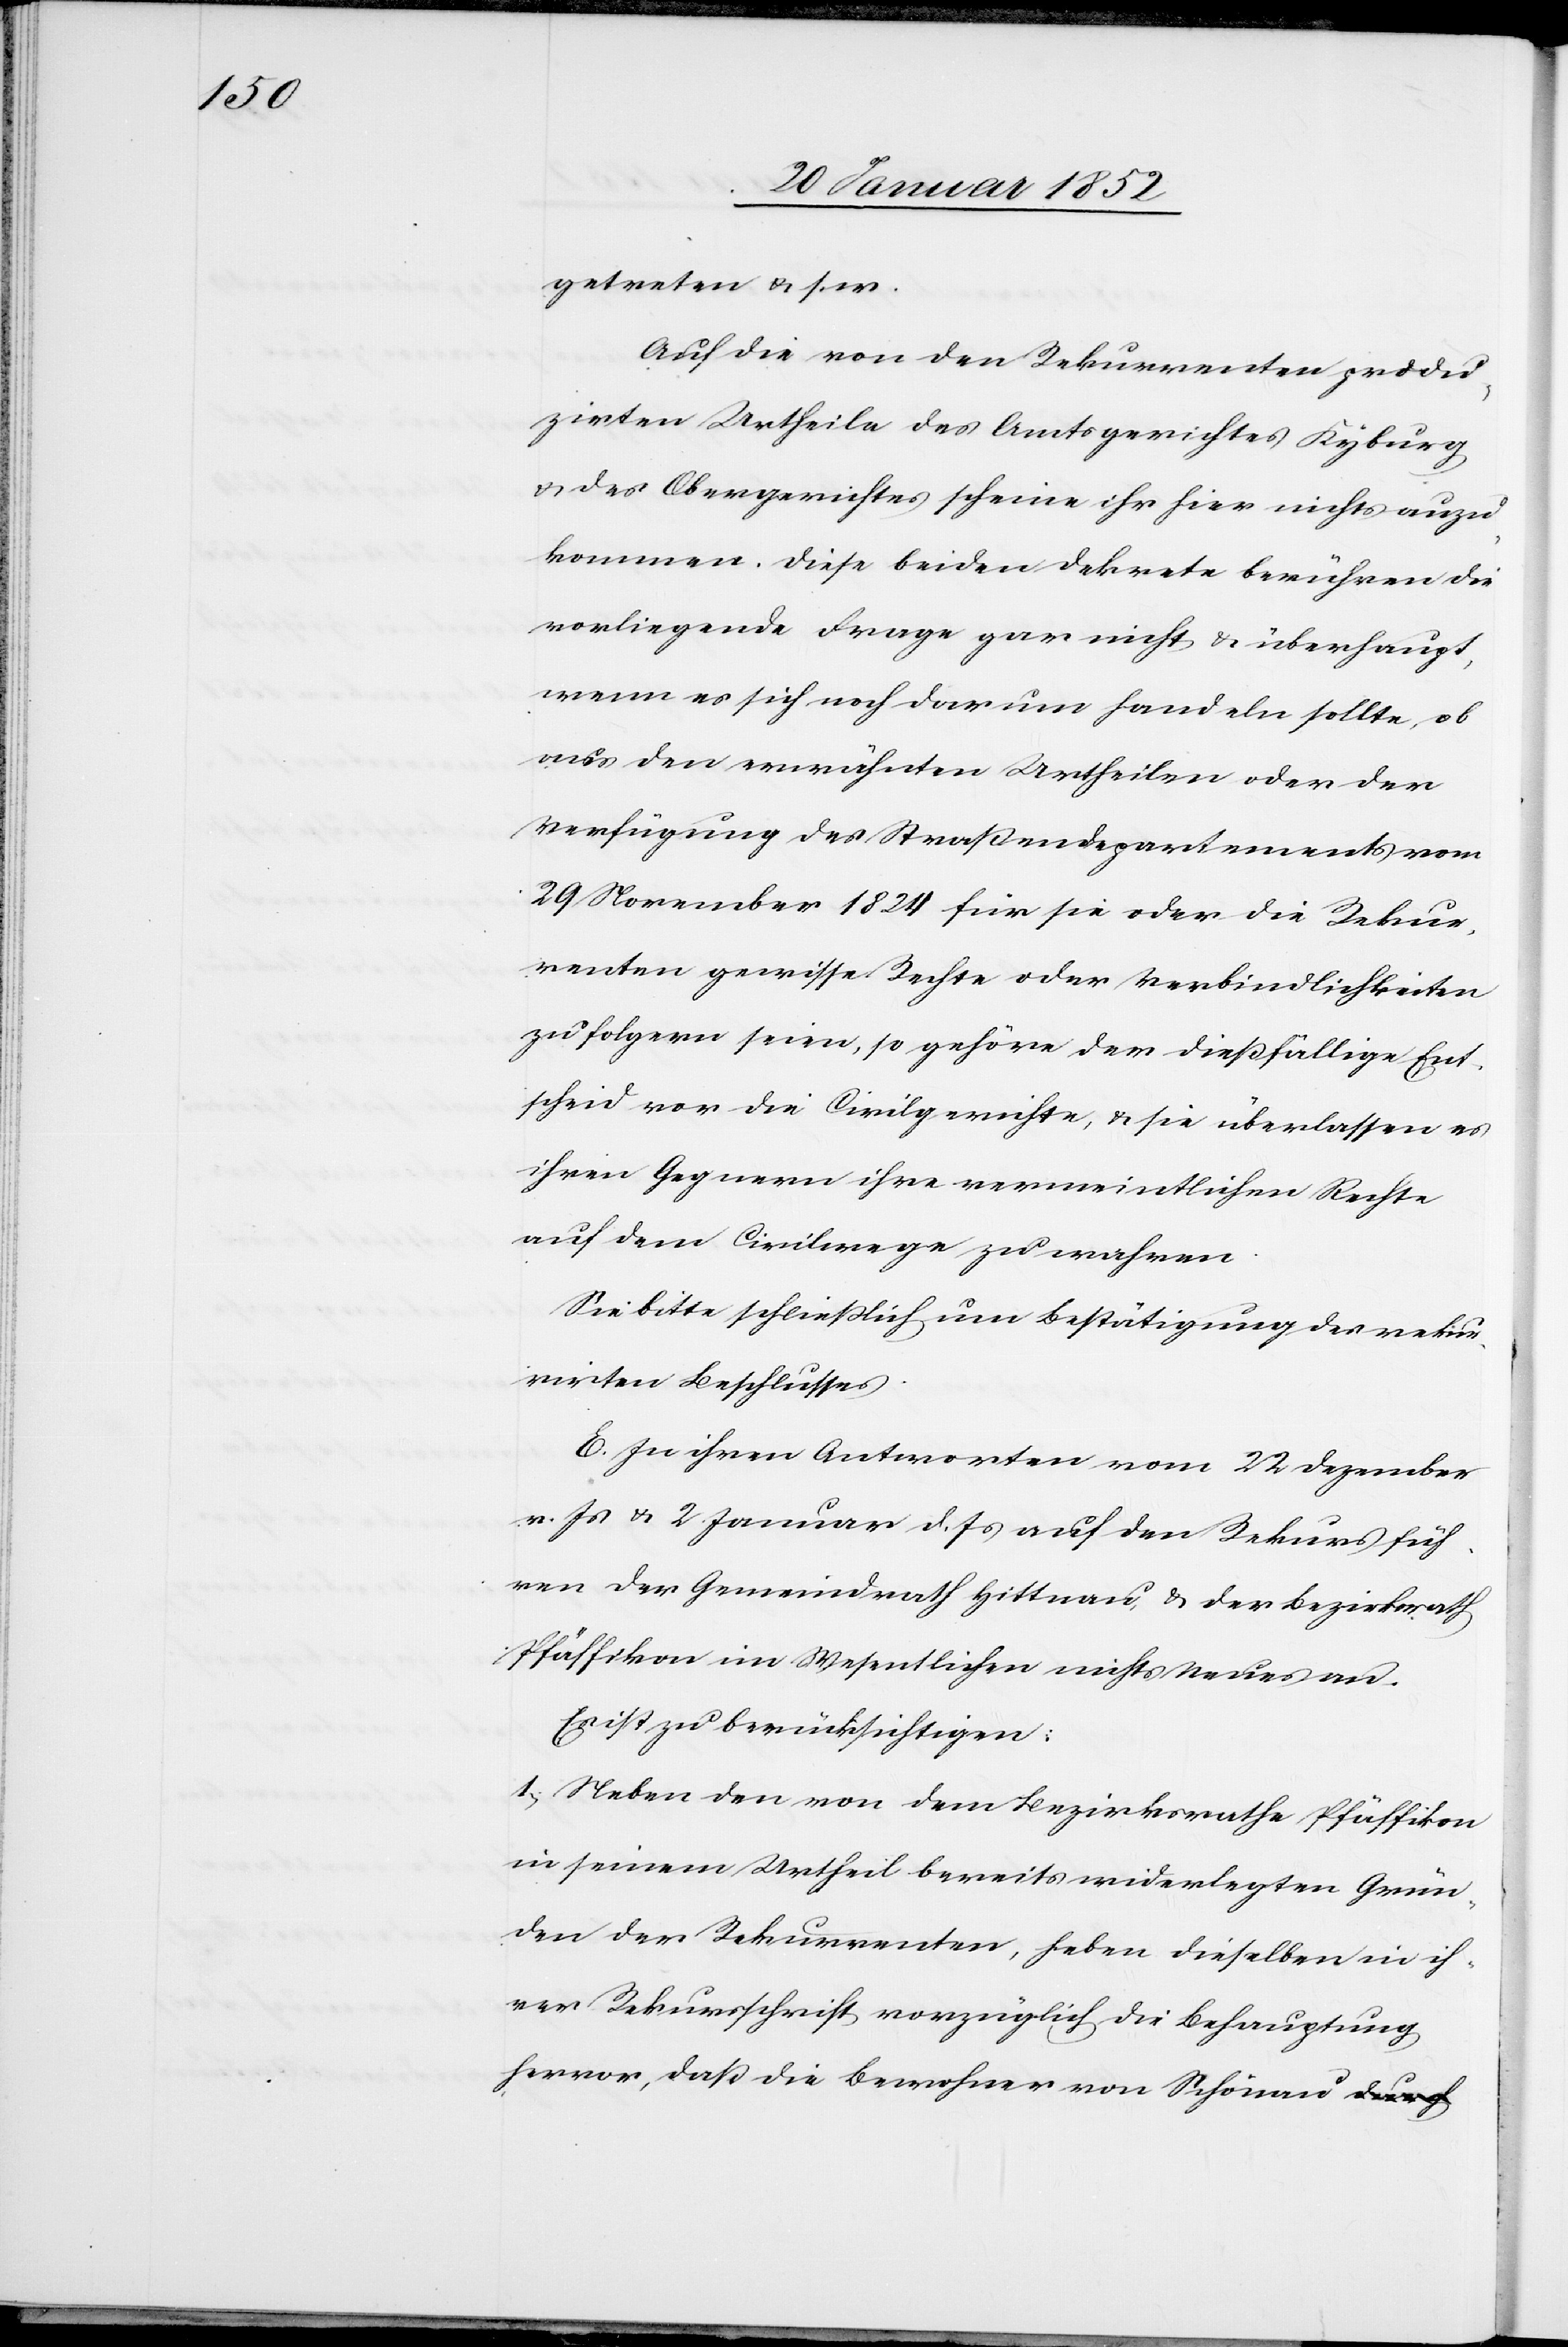
getreten u. s. w.
Auf die von den Rekurrenten produ¬
zirten Urtheile des Amtsgerichtes Kyburg
u. des Obergerichts scheine [es] ihr hier nicht anzu¬
kommen. Diese beiden Dekrete berühren die
vorliegende Frage gar nicht u. überhaupt,
wenn es sich noch darum handeln sollte, ob
aus den erwähnten Urtheilen oder der
Verfügung des Straßendepartements vom
29 November 1824 für sie oder die Rekur¬
renten gewisse Rechte oder Verbindlichkeiten
zu folgern seien, so gehöre der dießfällige Ent¬
scheid vor die Civilgerichte, u. sie überlassen es
ihren Gegnern ihre vermeintlichen Rechte
auf dem Civilwege zu machen.
Sie bitte schließlich um Bestätigung des rekur¬
rirten Beschlusses.
Zu ihren Antworten vom 22 Dezember
v. Js u. 2 Januar d. Js auf den Rekurs füh¬
ren der Gemeindrath Hittnau u. der Bezirksrath
Pfäffikon im Wesentlichen nichts Neues an.
Es ist zu berücksichtigen:
1.) Neben den von dem Bezirksrathe Pfäffikon
in seinem Urtheil bereits widerlegten Grün¬
den der Rekurrenten, heben dieselben in ih¬
rer Rekursschrift vorzüglich die Behauptung
hervor, daß die Bewohner von Schönau